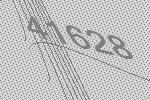
41628